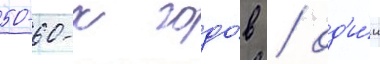
50-60-х годо́в / од'и́н